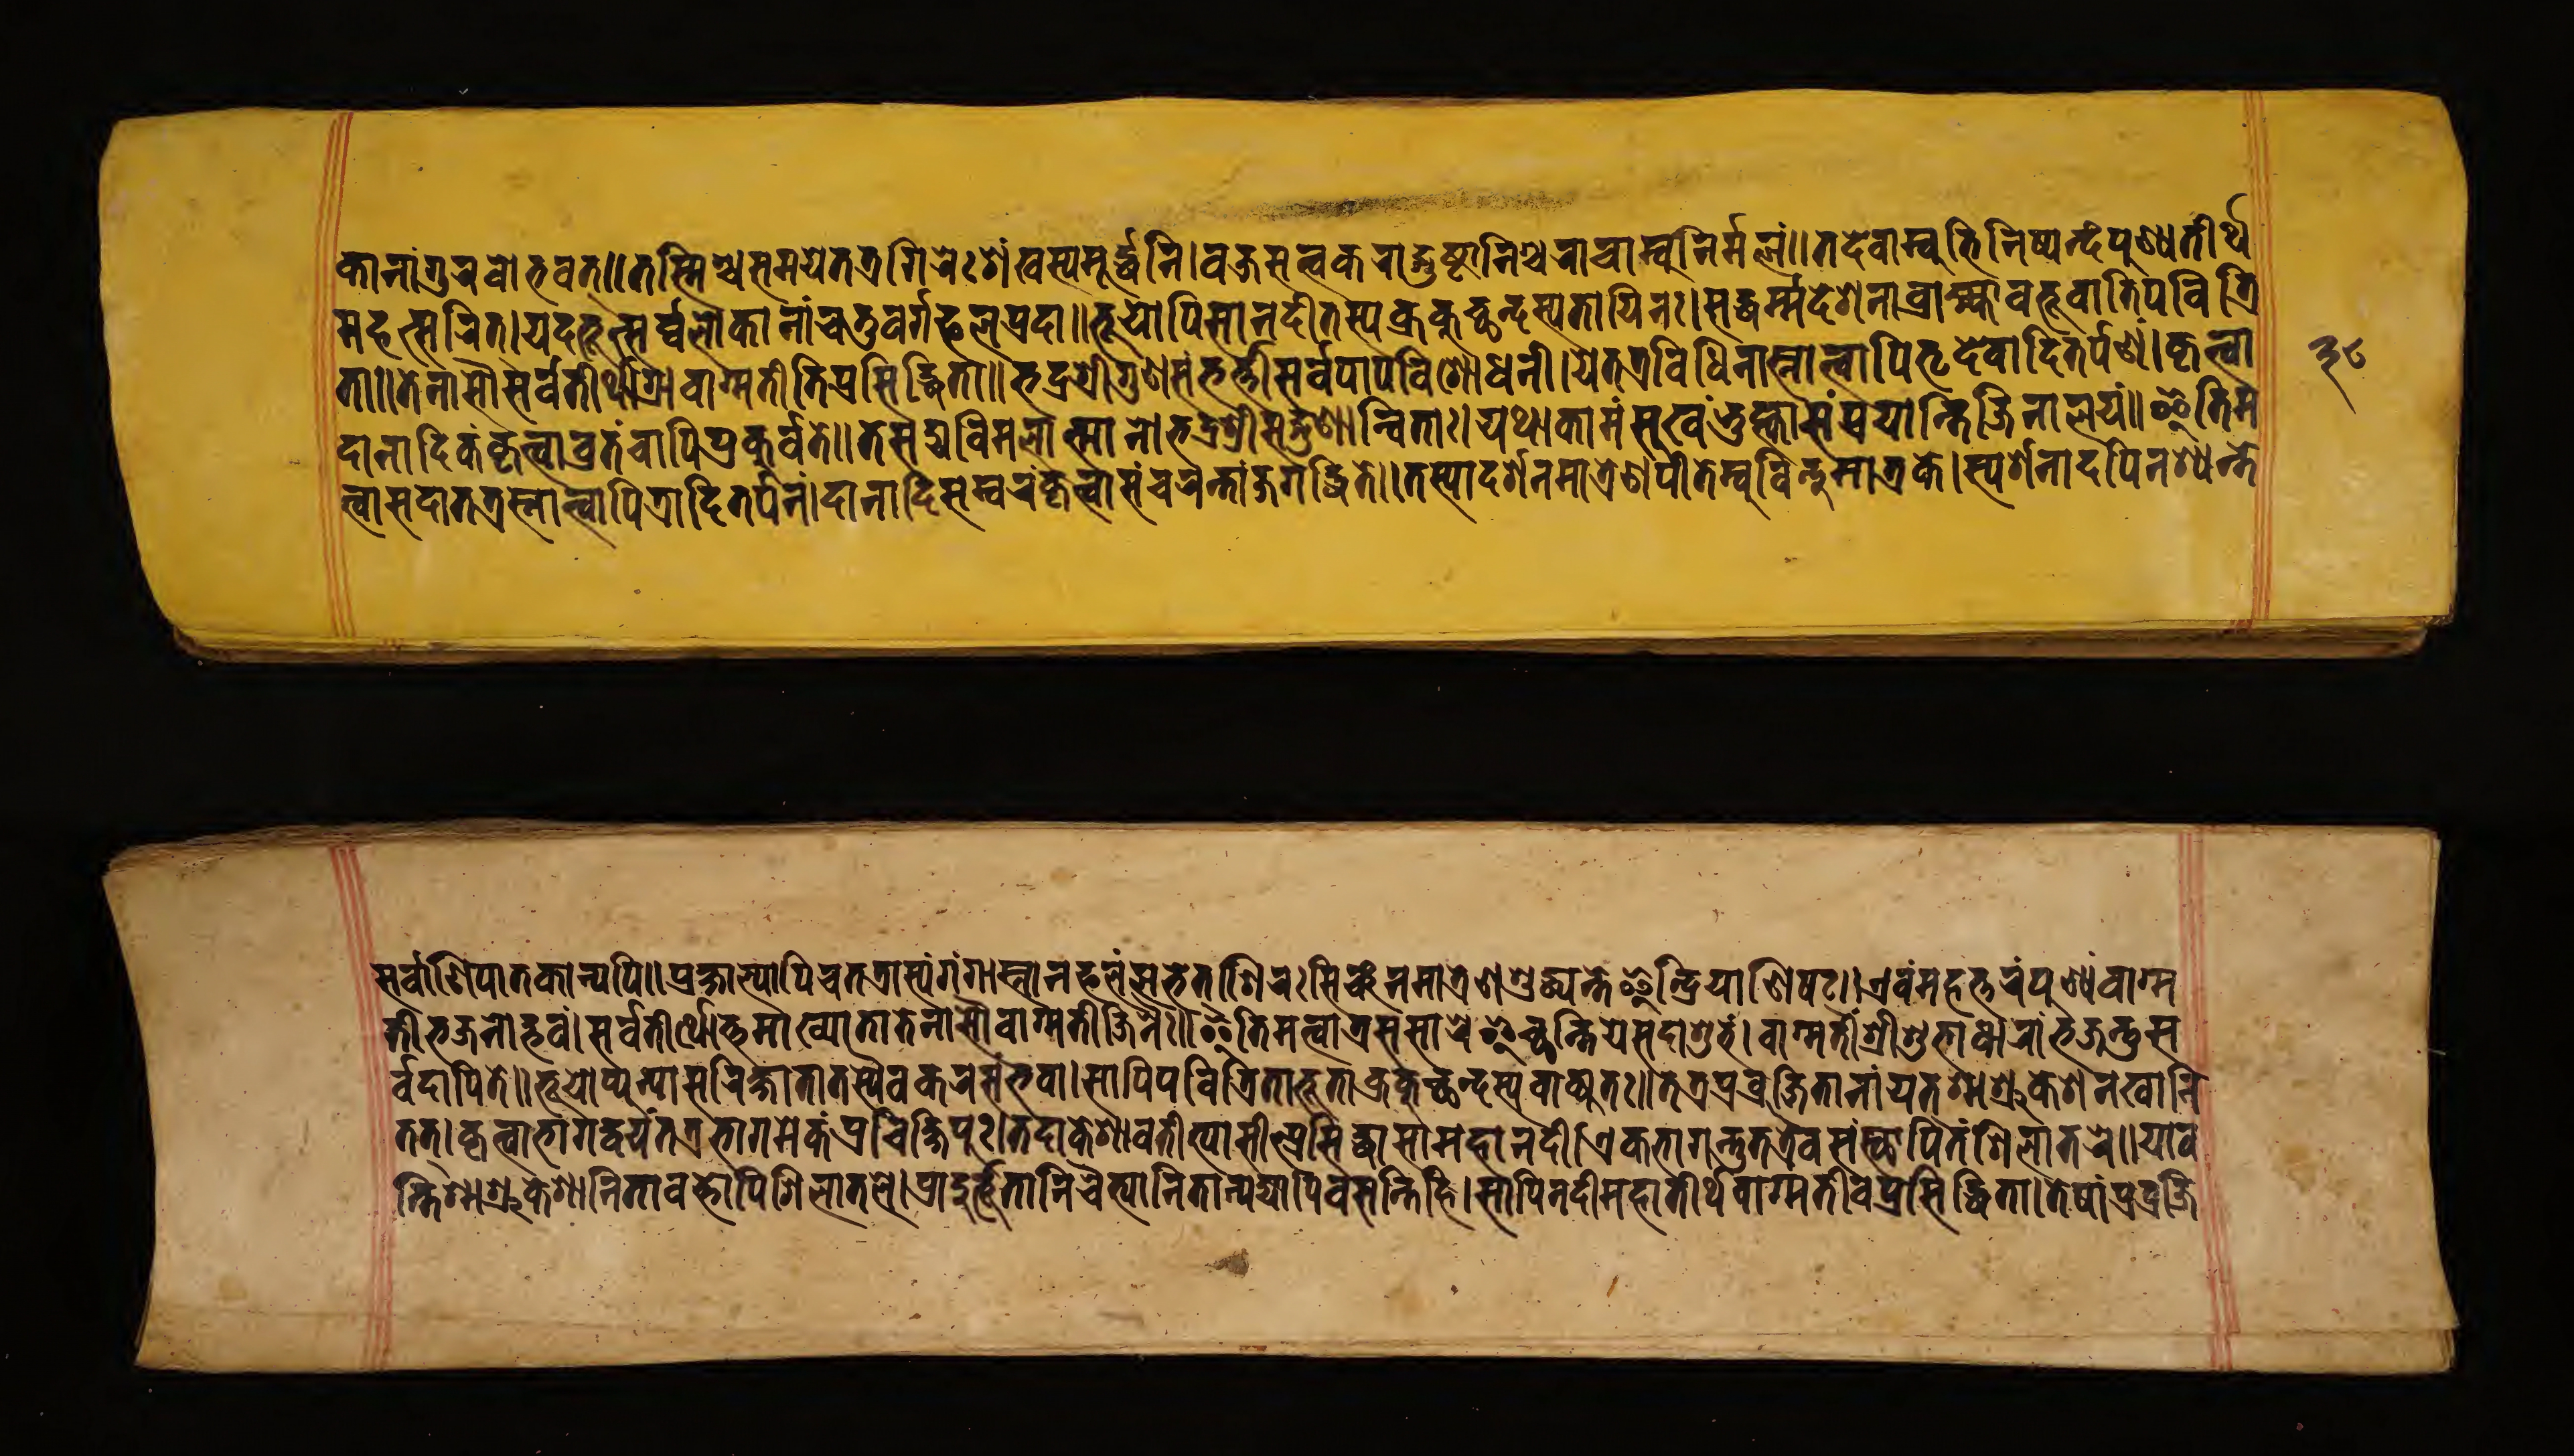
𑐎𑐵𑐣𑐵𑑄𑐐𑐸𑐬𑐰𑑀𑐨𑐰𑐣𑑂॥𑐟𑐳𑑂𑐩𑐶𑑄𑐱𑑂𑐔𑐳𑐩𑐫𑐾𑐟𑐟𑑂𑐬𑐐𑐶𑐬𑐾𑑅𑐱𑑄𑐏𑐳𑑂𑐫𑐩𑐹𑐬𑑂𑐡𑑂𑐢𑐣𑐶॥𑐰𑐖𑑂𑐬𑐳𑐟𑑂𑐟𑑂𑐰𑐎𑐬𑐵𑐒𑑂𑐐𑐸𑐲𑑂𑐛𑐵𑐣𑑂𑐣𑐶𑐱𑑂𑐔𑐔𑐵𑐬𑐵𑐩𑑂𑐧𑐸𑐣𑐶𑐬𑑂𑐩𑑂𑐩𑐮𑑄॥𑐟𑐡𑐾𑐩𑐵𑐣𑑂𑐰𑐡𑑂𑐨𑐸𑐟𑐶𑐳𑑂𑐥𑐣𑑂𑐡𑑄𑐥𑐸𑐞𑑂𑐫𑐟𑐷𑐬𑑂𑐠 𑐩𑐴𑐟𑑂𑐳𑐬𑐶𑐟𑑂।𑐫𑐡𑐨𑐹𑐟𑑂𑐳𑐬𑑂𑐰𑐮𑑀𑐎𑐵𑐣𑐵𑑄𑐔𑐟𑐸𑐰𑐬𑑂𑐐𑐦𑐮𑐥𑑂𑐬𑐡𑐵॥𑐨𑐹𑐫𑑀𑐥𑐶𑐳𑐵𑐡𑐡𑐷𑐟𑐳𑑂𑐫𑑅𑐎𑑂𑐬𑐎𑐸𑐕𑐣𑑂𑐡𑐳𑑂𑐥𑐟𑐵𑐫𑐶𑐣𑑅॥𑐳𑐡𑑂𑐢𑐬𑑂𑐩𑑂𑐩𑐡𑐾𑐱𑐣𑐵𑐰𑐵𑐎𑑂𑐫𑐵𑐰𑐨𑐹𑐰𑐵𑐟𑐶𑐥𑐰𑐶𑐟𑑂𑐬𑐶 𑐟𑐵॥𑐟𑐾𑐣𑐵𑐳𑑁𑐳𑐬𑑂𑐰𑐟𑐷𑐬𑑂𑐠𑐵𑐐𑑂𑐬𑐵𑐰𑐵𑐐𑑂𑐩𑐟𑐷𑐟𑐶𑐥𑑂𑐬𑐳𑐶𑐡𑑂𑐢𑐶𑐟𑐵॥𑐨𑐡𑑂𑐬𑐱𑑂𑐬𑐷𑐐𑐸𑐞𑐳𑑄𑐨𑐬𑑂𑐟𑑂𑐬𑐷𑐳𑐬𑑂𑐰𑐥𑐵𑐥𑐰𑐶𑐱𑑀𑐢𑐣𑐷॥𑐫𑐾𑐟𑐟𑑂𑐬𑐰𑐶𑐢𑐶𑐣𑐵𑐳𑑂𑐣𑐵𑐟𑑂𑐰𑐵𑐥𑐶𑐟𑐺𑐡𑐾𑐰𑐵𑐡𑐶𑐟𑐬𑑂𑐥𑐞𑑄॥𑐎𑐺𑐟𑑂𑐰𑐵 𑐡𑐵𑐣𑐵𑐡𑐶𑐎𑑄𑐡𑐟𑑂𑐰𑐵𑐰𑑂𑐬𑐟𑑄𑐔𑐵𑐥𑐶𑐥𑑂𑐬𑐎𑐸𑐬𑑂𑐰𑐟𑐾॥𑐟𑐾𑐳𑑄𑐑𑐰𑐶𑐩𑐮𑐵𑐟𑑂𑐩𑐵𑐣𑑀𑐨𑐡𑑂𑐬𑐱𑑂𑐬𑐷𑐳𑐡𑑂𑐐𑐸𑐞𑐵𑐣𑑂𑐰𑐶𑐟𑐵𑑅।𑐫𑐠𑐵𑐎𑐵𑐩𑑄𑐳𑐸𑐏𑑄𑐨𑐸𑐟𑑂𑐰𑐵𑐳𑑄𑐥𑑂𑐬𑐫𑐵𑐣𑑂𑐟𑐶𑐖𑐶𑐣𑐵𑐮𑐫𑑄॥𑐂𑐟𑐶𑐩 𑐟𑑂𑐰𑐵𑐳𑐡𑐵𑐟𑐟𑑂𑐬𑐳𑑂𑐣𑐵𑐟𑑂𑐰𑐵𑐥𑐶𑐟𑑂𑐬𑐵𑐡𑐶𑐟𑐬𑑂𑐥𑑂𑐥𑐞𑑄।𑐡𑐵𑐣𑐵𑐡𑐶𑐳𑑄𑐰𑐬𑑄𑐎𑐺𑐟𑑂𑐰𑐵𑐳𑐔𑐬𑐣𑑂𑐟𑐵𑑄𑐖𑐐𑐡𑑂𑐢𑐶𑐟𑐾॥𑐟𑐳𑑂𑐫𑐵𑐡𑐬𑑂𑐱𑐣𑐩𑐵𑐟𑑂𑐬𑐾𑐞𑐥𑐷𑐟𑐵𑐩𑑂𑐰𑐸𑐰𑐶𑐩𑐵𑐟𑑂𑐬𑐎𑐾।𑐳𑑂𑐥𑐬𑑂𑐱𑐣𑐵𑐡𑐥𑐶𑐣𑐱𑑂𑐫𑐣𑑂𑐟𑐾 𑐳𑐬𑑂𑐰𑐵𑐞𑐶𑐥𑐵𑐟𑐎𑐵𑐣𑑂𑐫𑐥𑐶॥𑐥𑑂𑐬𑐎𑑂𑐲𑐵𑐮𑑂𑐫𑐵𑐥𑐶𑐔𑐟𑐟𑑂𑐬𑐵𑐳𑑂𑐫𑑄𑐐𑑄𑐐𑐵𑐳𑑂𑐣𑐵𑐣𑐦𑐮𑑄𑐮𑐨𑐾𑐟।𑐱𑐶𑐮𑐳𑐶𑑄𑐔𑐩𑐵𑐟𑑂𑐬𑐾𑐞𑐱𑐸𑐡𑑂𑐢𑐵𑐣𑑂𑐟𑐾𑐂𑐣𑑂𑐡𑑂𑐬𑐶𑐫𑐵𑐣𑐶𑐲𑐚𑑂॥𑐊𑐰𑑄𑐩𑐴𑐟𑑂𑐟𑐬𑑄𑐥𑐸𑐞𑑂𑐫𑑄𑐰𑐵𑐐𑑂𑐩 𑐟𑐷𑐨𑐖𑐣𑑀𑐡𑑂𑐨𑐰𑑄।𑐳𑐬𑑂𑐰𑐾𑐟𑐷𑐬𑑂𑐠𑑀𑐟𑑂𑐟𑐩𑐵𑐏𑑂𑐫𑐵𑐟𑑄𑐟𑐾𑐣𑐵𑐳𑑁𑐰𑐵𑐐𑑂𑐩𑐟𑐷𑐖𑐶𑐣𑐿𑑅॥𑐂𑐟𑐶𑐩𑐟𑑂𑐰𑐵𑐟𑑂𑐬𑐳𑑄𑐳𑐵𑐬𑐾𑐂𑐔𑑂𑐕𑐣𑑂𑐟𑐶𑐫𑐾𑐳𑐡𑐵𑐱𑐸𑐨𑑄॥𑐰𑐵𑐐𑑂𑐩𑐟𑐷𑐱𑑂𑐬𑐷𑐳𑐸𑐏𑐵𑐢𑐵𑐬𑐵𑑄𑐨𑐖𑐣𑑂𑐟𑐸𑐳 𑐬𑑂𑐰𑐡𑐵𑐥𑐶𑐟𑐾॥𑐨𑐹𑐫𑑀𑐥𑑂𑐫𑐣𑑂𑐫𑐵𑐳𑐬𑐶𑐖𑑂𑐖𑐵𑐟𑐵𑐟𑐳𑑂𑐫𑐿𑐰𑐎𑐬𑐳𑑄𑐨𑐰𑐵।𑐳𑐵𑐥𑐶𑐥𑐰𑐶𑐟𑑂𑐬𑐶𑐟𑐵𑐨𑐹𑐟𑐵𑐎𑑂𑐬𑐎𑐸𑐕𑐣𑑂𑐡𑐳𑑂𑐫𑐰𑐵𑐎𑑂𑐫𑐟𑑅॥𑐟𑐟𑑂𑐬𑐥𑑂𑐬𑐰𑑂𑐬𑐖𑐶𑐟𑐵𑐣𑐵𑑄𑐫𑐟𑑂𑐱𑑂𑐩𑐱𑑂𑐬𑐸𑐎𑐾𑐱𑐣𑐏𑐵𑐣𑐶 𑐟𑐟𑑂।𑐎𑐺𑐟𑑂𑐰𑐵𑐨𑐵𑐐𑐡𑑂𑐰𑐫𑑄𑐟𑐟𑑂𑐬𑐨𑐵𑐐𑐩𑐾𑐎𑑄𑐥𑑂𑐬𑐔𑐶𑐎𑑂𑐲𑐶𑐥𑐸𑑅।𑐟𑐡𑐵𑐎𑐾𑐱𑐵𑐰𑐟𑐷𑐟𑑂𑐫𑐵𑐳𑐷𑐟𑑂𑐥𑑂𑐬𑐳𑐶𑐡𑑂𑐢𑐵𑐳𑐵𑐩𑐴𑐵𑐣𑐡𑐷।𑐊𑐎𑐨𑐵𑐐𑐣𑑂𑐟𑐸𑐟𑐟𑑂𑐬𑐿𑐰𑐳𑑄𑐳𑑂𑐠𑐵𑐥𑐶𑐟𑑄𑐱𑐶𑐮𑐵𑐟𑐬𑐾॥𑐫𑐵𑐰 𑐣𑑂𑐟𑐶𑐱𑑂𑐩𑐱𑑂𑐬𑐸𑐎𑐾𑐱𑐵𑐣𑐶𑐟𑐵𑐰𑐣𑑂𑐟𑑂𑐫𑐥𑐶𑐱𑐶𑐮𑐵𑐟𑐮𑐾।𑐥𑑂𑐬𑐵𑐡𑐸𑐬𑑂𑐨𑐹𑐟𑐵𑐣𑐶𑐔𑐿𑐟𑑂𑐫𑐵𑐣𑐶𑐟𑐵𑑄𑐣𑑂𑐫𑐡𑑂𑐫𑐵𑐥𑐶𑐰𑐳𑑄𑐟𑐶𑐴𑐶।𑐳𑐵𑐥𑐶𑐣𑐡𑐷𑐩𑐴𑐵𑐟𑐷𑐬𑑂𑐠𑐰𑐵𑐐𑑂𑐩𑐟𑐷𑐰𑐥𑑂𑐬𑐳𑐷𑐡𑑂𑐢𑐟𑐵।𑐟𑐾𑐲𑐵𑑄𑐥𑑂𑐬𑐰𑑂𑐬𑐖𑐶 𑑓𑑘